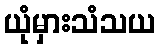
ယုံမှားသံသယ